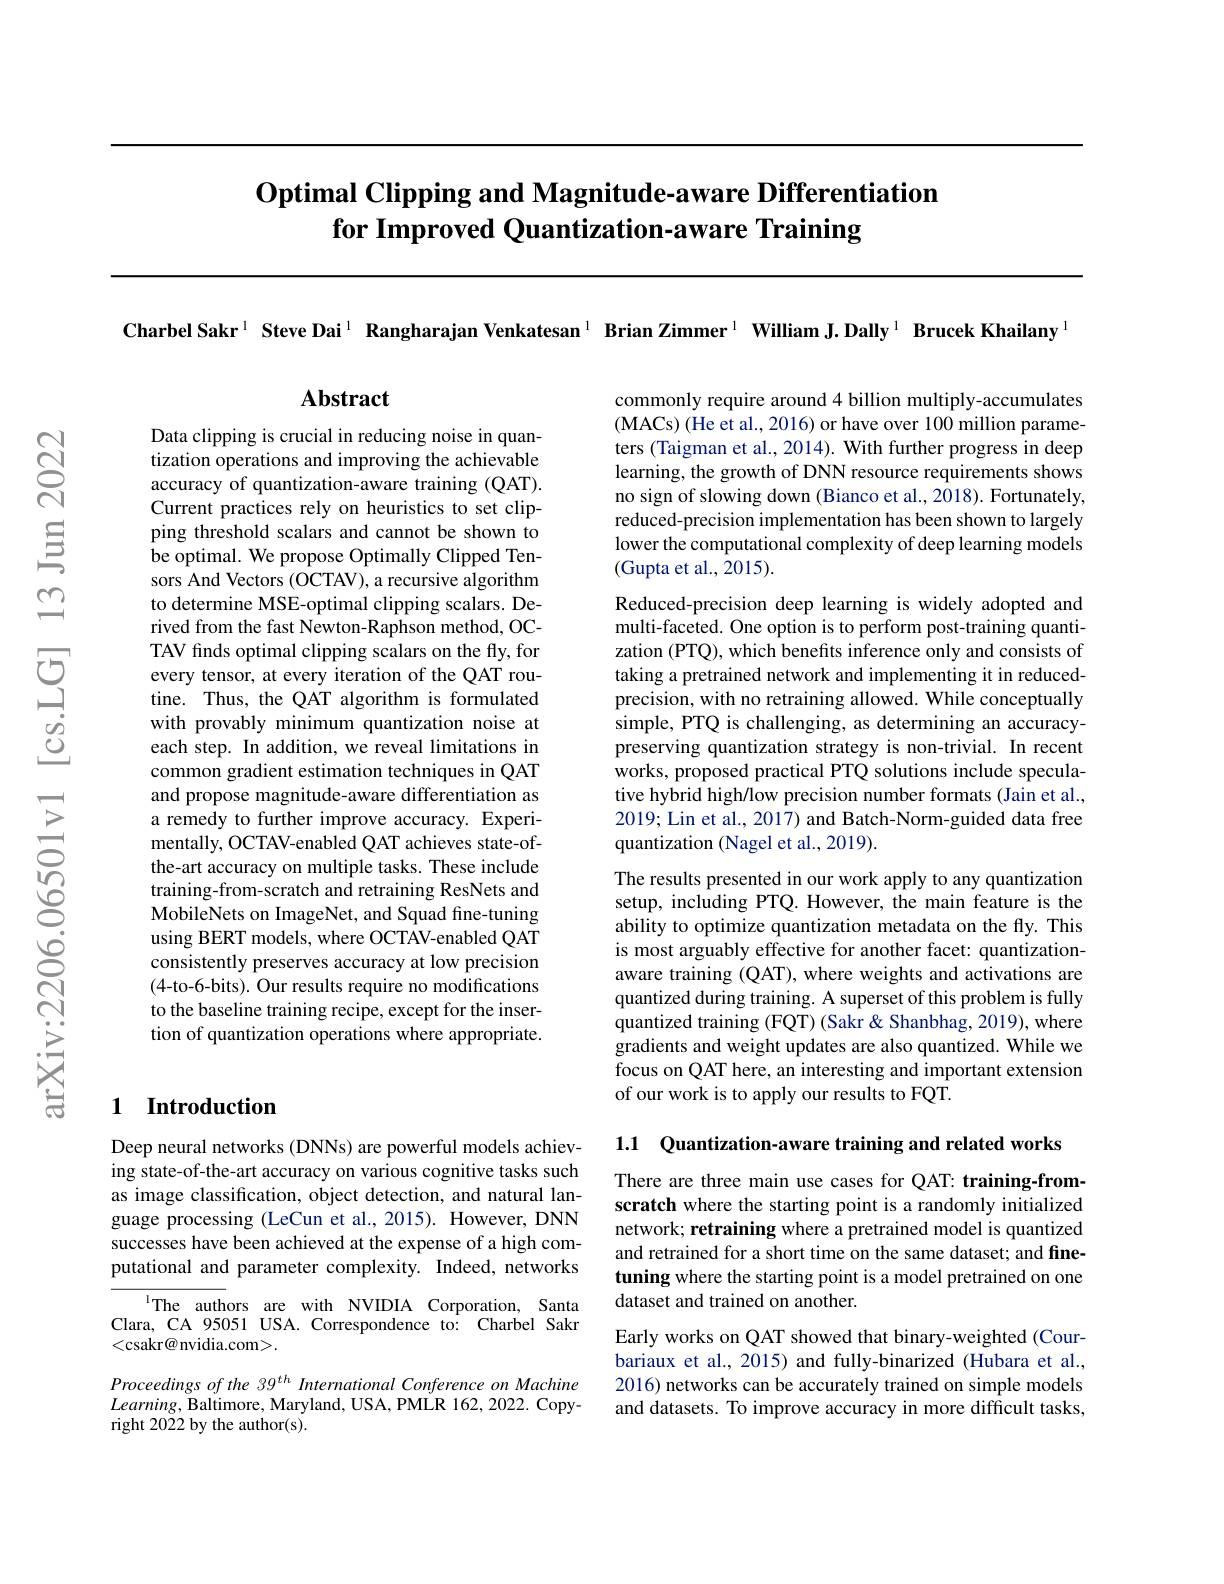
## $\textbf{Optimal Clipping and Magnitude- aware Differentiation}$ for Improved Quantization-aware Training

Charbel Sakr$^{1}$ Steve Dai$^{1}$ Rangharajan Venkatesan$^{1}$ Brian Zimmer$^{1}$ William J.Dally$^{1}$ Brucek Khailany$^{1}$

Abstract

Data clipping is crucial in reducing noise in quantization operations and improving the achievable accuracy of quantization-aware training (QAT). Current practices rely on heuristics to set clipping threshold scalars and cannot be shown to be optimal. We propose Optimally Clipped Tensors And Vectors (OCTAV), a recursive algorithm to determine MSE-optimal clipping scalars. Derived from the fast Newton-Raphson method, OCTAV finds optimal clipping scalars on the fly, for every tensor, at every iteration of the QAT routine. Thus, the QAT algorithm is formulated with provably minimum quantization noise at each step. In addition, we reveal limitations in common gradient estimation techniques in QAT and propose magnitude-aware differentiation as a remedy to further improve accuracy. Experimentally, OCTAV-enabled QAT achieves state-ofthe-art accuracy on multiple tasks. These include training-from-scratch and retraining ResNets and MobileNets on ImageNet, and Squad fine-tuning using BERT models, where OCTAV-enabled QAT consistently preserves accuracy at low precision (4-to-6-bits). Our results require no modifications to the baseline training recipe, except for the insertion of quantization operations where appropriate.

## 1 $\textbf{Introduction}$

Deep neural networks (DNNs) are powerful models achieving state-of-the-art accuracy on various cognitive tasks such as image classification, object detection, and natural language processing (LeCun et al., 2015). However, DNN successes have been achieved at the expense of a high computational and parameter complexity. Indeed, networks

$^{1}$The authors are with NVIDIA Corporation, Santa Clara, CA 95051 USA. Correspondence to: Charbel Sakr <csakr@nvidia.com>.

Proceedings of the 39$^{th}$ International Conference on Machine $Learning$,Baltimore, Maryland, USA, PMLR 162, 2022. Copyright 2022 by the author(s).

commonly require around 4 billion multiply-accumulates (MACs) (He et al., 2016) or have over 100 million parameters (Taigman et al., 2014). With further progress in deep learning, the growth of DNN resource requirements shows no sign of slowing down (Bianco et al., 2018). Fortunately, reduced-precision implementation has been shown to largely lower the computational complexity of deep learning models (Gupta et al., 2015).

Reduced-precision deep learning is widely adopted and multi-faceted. One option is to perform post-training quantization (PTQ), which benefits inference only and consists of taking a pretrained network and implementing it in reducedprecision, with no retraining allowed. While conceptually simple, PTQ is challenging, as determining an accuracypreserving quantization strategy is non-trivial. In recent works, proposed practical PTQ solutions include speculative hybrid high/low precision number formats (Jain et al., 2019; Lin et al., 2017) and Batch-Norm-guided data free quantization (Nagel et al., 2019).

The results presented in our work apply to any quantization setup, including PTQ. However, the main feature is the ability to optimize quantization metadata on the fly. This is most arguably effective for another facet: quantizationaware training (QAT), where weights and activations are quantized during training. A superset of this problem is fully quantized training (FQT) (Sakr & Shanbhag, 2019), where gradients and weight updates are also quantized. While we focus on QAT here, an interesting and important extension of our work is to apply our results to FQT.

1.1 Quantization-aware training and related works

There are three main use cases for QAT: training-fromscratch where the starting point is a randomly initialized network; retraining where a pretrained model is quantized and retrained for a short time on the same dataset; and finetuning where the starting point is a model pretrained on one dataset and trained on another.

Early works on QAT showed that binary-weighted (Courbariaux et al., 2015) and fully-binarized (Hubara et al., 2016) networks can be accurately trained on simple models and datasets. To improve accuracy in more difficult tasks,